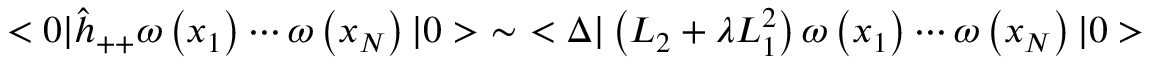
< 0 | \hat { h } _ { + + } \omega \left( x _ { 1 } \right) \cdots \omega \left( x _ { N } \right) | 0 > ~ \sim ~ < \Delta | \left( L _ { 2 } + \lambda L _ { 1 } ^ { 2 } \right) \omega \left( x _ { 1 } \right) \cdots \omega \left( x _ { N } \right) | 0 >